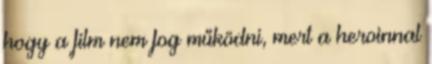
hogy a film nem fog működni, mert a heroinnal